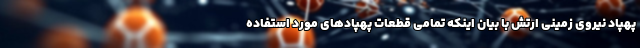
پهپاد نیروی زمینی ارتش با بیان اینکه تمامی قطعات پهپادهای مورد استفاده